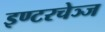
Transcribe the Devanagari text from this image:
इण्टरचेञ्ज